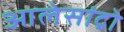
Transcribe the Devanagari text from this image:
आलेसांद्रो